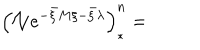
LaTeX: \left( \mathcal { N } e ^ { - \bar { \xi } M \xi - \bar { \xi } \lambda } \right) _ { \ast } ^ { n } =